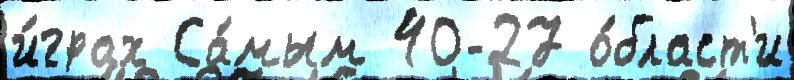
и́грах Са́мым 40-27 о́бласт'и